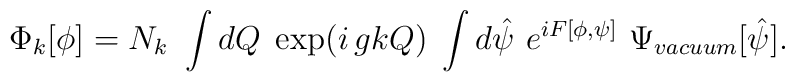
\Phi _k[\phi ]=N_k~\int dQ\;\exp (i\,gkQ)\;\int d\hat \psi ~e^{iF[\phi ,\psi]}~\Psi _{vacuum}[\hat \psi ].